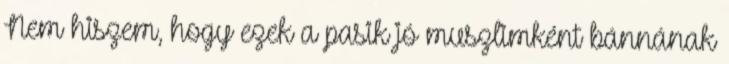
Nem hiszem, hogy ezek a pasik jó muszlimként bánnának